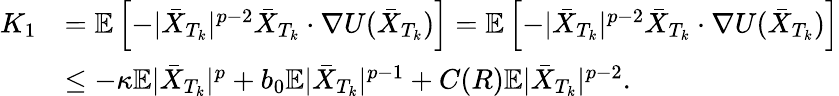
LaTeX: \begin{array}{rl}{K_{1}}&{=\mathbb{E}\left[-|\bar{X}_{T_{k}}|^{p-2}\bar{X}_{T_{k}}\cdot\nabla U(\bar{X}_{T_{k}})\right]=\mathbb{E}\left[-|\bar{X}_{T_{k}}|^{p-2}\bar{X}_{T_{k}}\cdot\nabla U(\bar{X}_{T_{k}})\right]}\\ &{\leq-\kappa\mathbb{E}|\bar{X}_{T_{k}}|^{p}+b_{0}\mathbb{E}|\bar{X}_{T_{k}}|^{p-1}+C(R)\mathbb{E}|\bar{X}_{T_{k}}|^{p-2}.}\end{array}